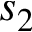
s _ { 2 }